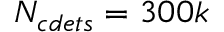
N _ { c d e t s } = 3 0 0 k